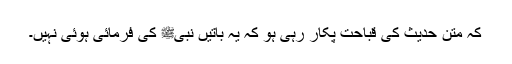
کہ متن حدیث کی قباحت پکار رہی ہو کہ یہ باتیں نبیﷺ کی فرمائی ہوئی نہیں۔